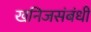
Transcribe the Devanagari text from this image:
खनिजसंबंधी